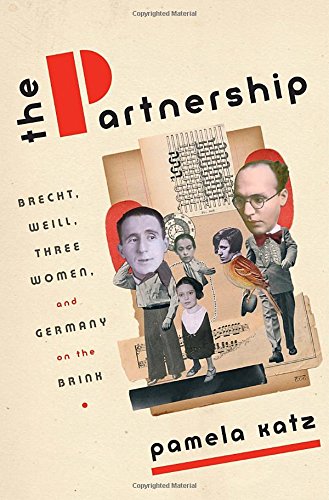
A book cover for The Partnership: Brecht, Weill, Three Women, and Germany on the Brink; Pamela Katz; Biographies & Memoirs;